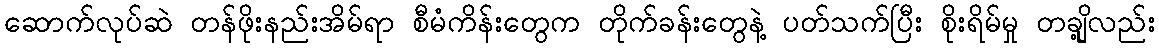
ဆောက်လုပ်ဆဲ တန်ဖိုးနည်းအိမ်ရာ စီမံကိန်းတွေက တိုက်ခန်းတွေနဲ့ ပတ်သက်ပြီး စိုးရိမ်မှု တချို့လည်း